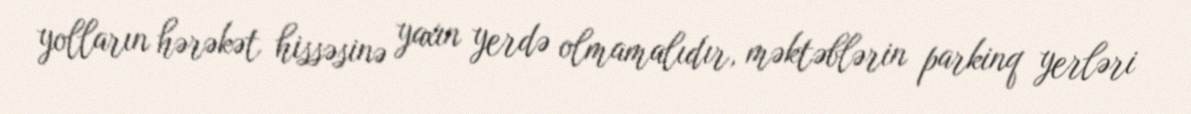
yolların hərəkət hissəsinə yaxın yerdə olmamalıdır, məktəblərin parkinq yerləri